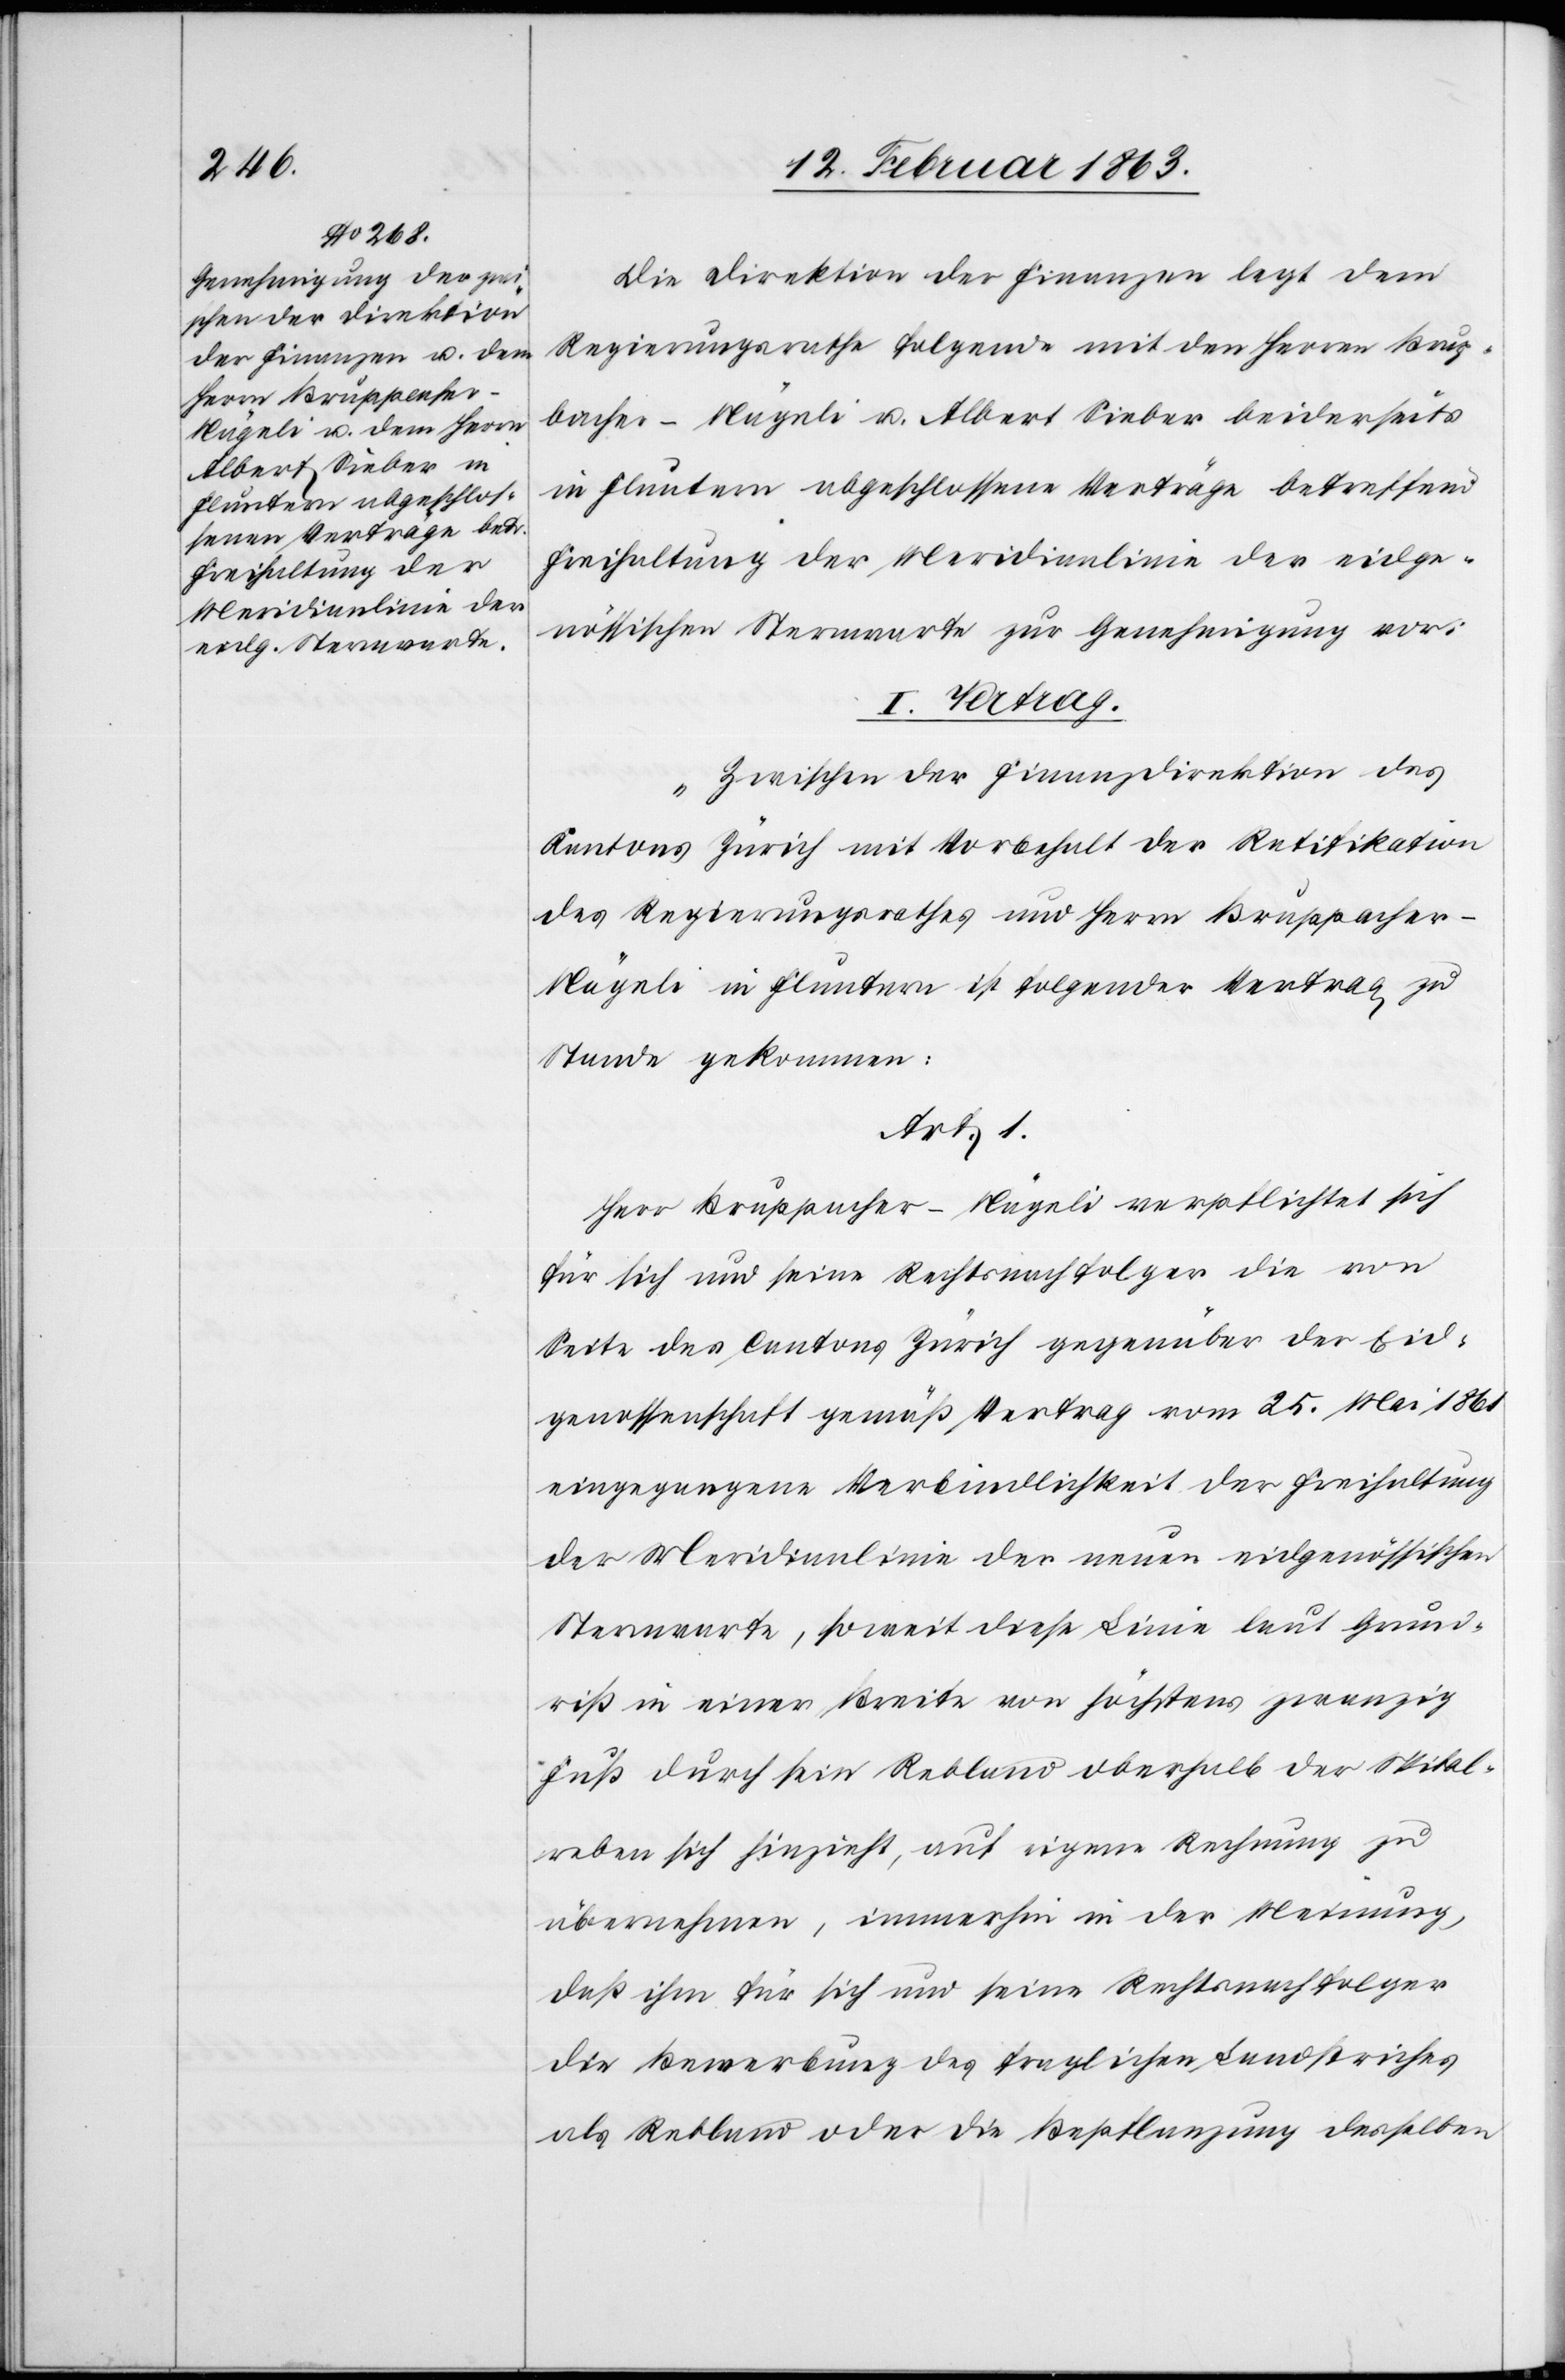
Die Direktion der Finanzen legt dem
Regierungsrathe folgende mit den Herren Brup¬
pacher-Nägeli u. Albert Sieber beiderseits
in Fluntern abgeschlossene Verträge betreffend
Freihaltung der Meridianlinie der eidge¬
nössischen Sternwarte zur Genehmigung vor:
I. Vertrag.
„Zwischen der Finanzdirektion des
Kantons Zürich mit Vorbehalt der Ratifikation
des Regierungsrathes und Herrn Bruppache¬
r-Nägeli in Fluntern ist folgender Vertrag zu
Stande gekommen:
Art. 1.
Herr Bruppacher-Nägeli verpflichtet sich
für sich und seine Rechtsnachfolger die von
Seite des Cantons Zürich gegenüber der Eid¬
genossenschaft gemäß Vertrag vom 25. Mai 1861
eingegangene Verbindlichkeit der Freihaltung
der Meridianlinie der neuen eidgenössischen
Sternwarte, soweit diese Linie laut Grund¬
riß in einer Breite von höchstens zwanzig
Fuß durch sein Rebland oberhalb der Spital¬
reben sich hinzieht, auf eigene Rechnung zu
übernehmen, immerhin in der Meinung,
daß ihm für sich und seine Rechtsnachfolger
die Bewerbung des fraglichen Landstriches
als Rebland oder die Bepflanzung desselben